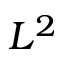
L ^ { 2 }